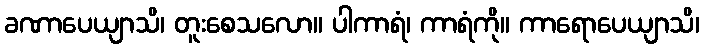
ခဏာပေယျာသိ၊ တူးစေသလော။ ပါကာရံ၊ ကာရံကို။ ကာရောပေယျာသိ၊